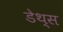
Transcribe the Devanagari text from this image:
डेथ्स